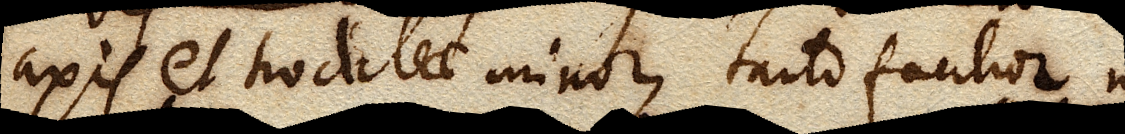
axis et trochleae minor, tanto facilior motus.